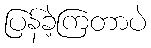
ပြန်ခဲ့ကြတာပဲ